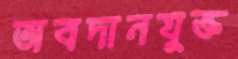
অবদানযুক্ত